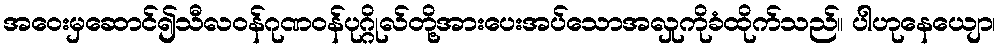
အဝေးမှဆောင်၍သီလဝန်ဂုဏဝန်ပုဂ္ဂိုလ်တို့အားပေးအပ်သောအလှုကိုခံထိုက်သည်။ ပါဟုနေယျော၊